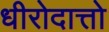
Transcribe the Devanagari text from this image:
धीरोदात्तो